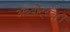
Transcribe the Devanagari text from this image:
अब्बोट्स्बरी